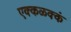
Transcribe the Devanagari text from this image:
एक्कळक्कं